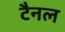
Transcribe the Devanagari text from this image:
टैनल